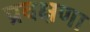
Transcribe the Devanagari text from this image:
प्रवक्षणा